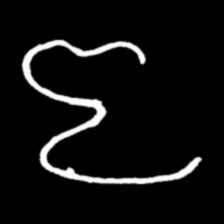
Pyu character \u2014 Myanmar letter: ဇ (romanized: ja)